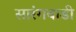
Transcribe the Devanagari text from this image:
सारंगवाडी